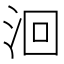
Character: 洄